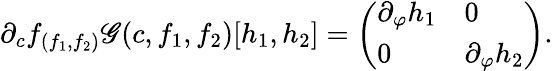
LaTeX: \partial_{c}f_{(f_{1},f_{2})}\mathscr{G}(c,f_{1},f_{2})[h_{1},h_{2}]=\left(\begin{array}{ll}{\partial_{\varphi}h_{1}}&{0}\\ {0}&{\partial_{\varphi}h_{2}}\end{array}\right).